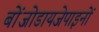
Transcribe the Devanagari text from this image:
बोंजोडायजेपाइनों